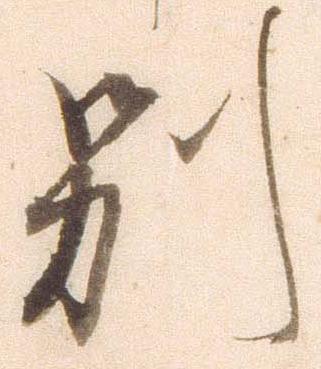
別